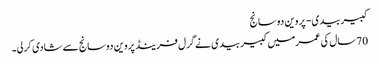
کبیربیدی- پروین دوسانج
70سال کی عمرمیں کبیربیدی نے گرل فرینڈ پروین دوسانج سے شادی کرلی۔